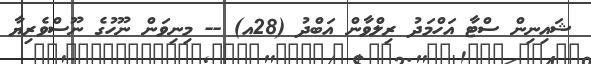
ޝައިނިން ސްޓާ އަހްމަދު ރިލްވާން އަބްދު (28އ) -- މިނިވަން ނޫހުގެ ނޫސްވެރިޔާ